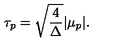
\tau _ { p } = \sqrt { { \frac { 4 } { \Delta } } } | \mu _ { p } | .